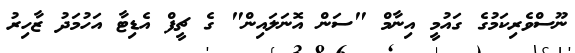
ނޫސްވެރިކަމުގެ ގައުމީ އިނާމް "ސަން އޮނަލައިން" ގެ ޗީފް އެޑިޓާ އަހުމަދު ޒާހިރު